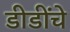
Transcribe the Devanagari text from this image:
डीडींचे